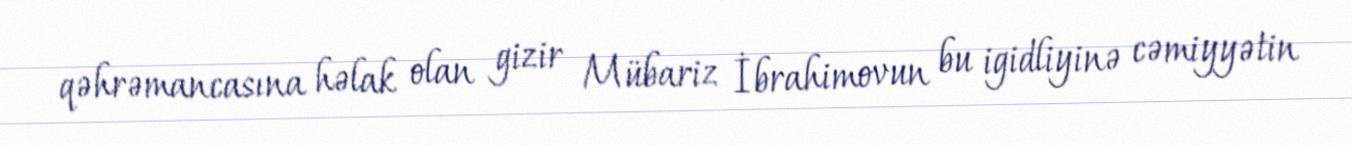
qəhrəmancasına həlak olan gizir Mübariz İbrahimovun bu igidliyinə cəmiyyətin